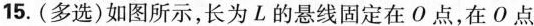
15.(多选)如图所示，长为L的悬线固定在O点，在O点